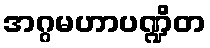
အဂ္ဂမဟာပဏ္ဍိတ